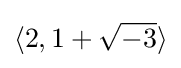
\langle 2,1+{\sqrt {-3}}\rangle